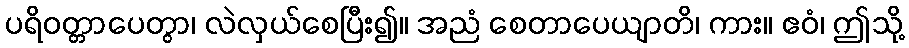
ပရိဝတ္တာပေတွာ၊ လဲလှယ်စေပြီး၍။ အညံ စေတာပေယျာတိ၊ ကား။ ဧဝံ၊ ဤသို့